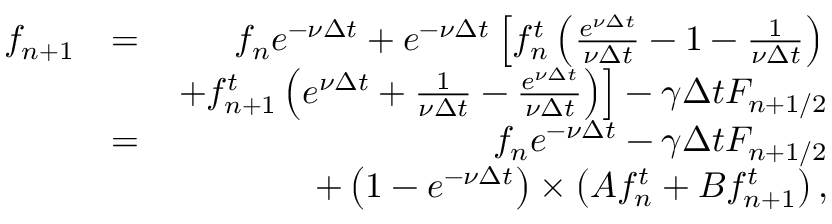
\begin{array} { r l r } { f _ { n + 1 } } & { = } & { f _ { n } e ^ { - \nu \Delta t } + e ^ { - \nu \Delta t } \left[ f _ { n } ^ { t } \left( \frac { e ^ { \nu \Delta t } } { \nu \Delta t } - 1 - \frac { 1 } { \nu \Delta t } \right) \right. } \\ & { } & { \left. + f _ { n + 1 } ^ { t } \left( e ^ { \nu \Delta t } + \frac { 1 } { \nu \Delta t } - \frac { e ^ { \nu \Delta t } } { \nu \Delta t } \right) \right] - \gamma \Delta t F _ { n + 1 / 2 } } \\ & { = } & { f _ { n } e ^ { - \nu \Delta t } - \gamma \Delta t F _ { n + 1 / 2 } } \\ & { } & { + \left( 1 - e ^ { - \nu \Delta t } \right) \times \left( A f _ { n } ^ { t } + B f _ { n + 1 } ^ { t } \right) , } \end{array}